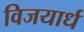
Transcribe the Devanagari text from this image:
विजयार्ध